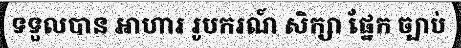
ទទួលបាន អាហារ រូបករណ៍ សិក្សា ផ្នែក ច្បាប់